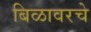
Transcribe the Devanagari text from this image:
बिळावरचे